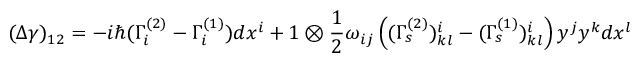
( \Delta \gamma ) _ { 1 2 } = - i \hbar ( \Gamma _ { i } ^ { ( 2 ) } - \Gamma _ { i } ^ { ( 1 ) } ) d x ^ { i } + 1 \otimes \frac { 1 } { 2 } \omega _ { i j } \left( ( \Gamma _ { s } ^ { ( 2 ) } ) _ { k l } ^ { i } - ( \Gamma _ { s } ^ { ( 1 ) } ) _ { k l } ^ { i } \right) y ^ { j } y ^ { k } d x ^ { l }